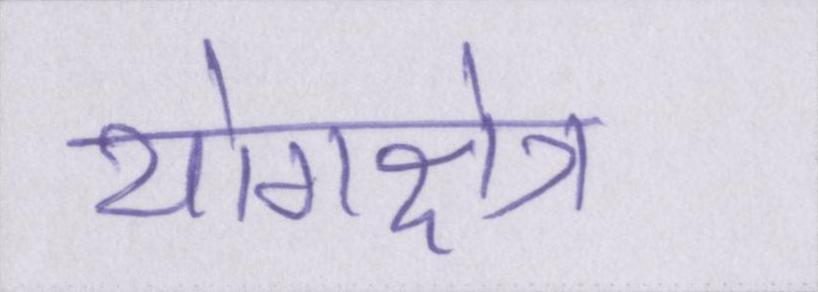
योगक्षेत्र